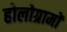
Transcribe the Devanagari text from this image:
होलोग्रामों